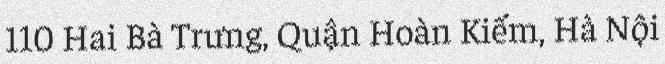
110 Hai Bà Trưng, Quận Hoàn Kiếm, Hà Nội